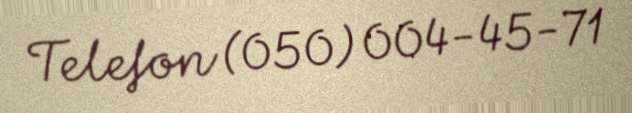
Telefon (050) 004-45-71